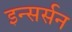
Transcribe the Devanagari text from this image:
इन्सर्सन